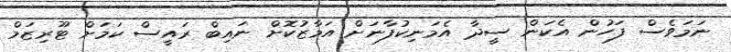
ނަމަވެސް ފަހުން އެކަން ސީދާ އެމަނިކުފާނަށް އަމާޒުކޮށް ނައިބް ރައީސް ކަމަށް ޓޫރިޒަމް